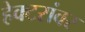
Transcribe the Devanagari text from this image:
हेक्टरांवर